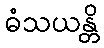
ဓံသယန္တိ